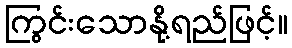
ကြွင်းသောနို့ရည်ဖြင့်။